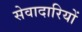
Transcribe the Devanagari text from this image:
सेवादारियों